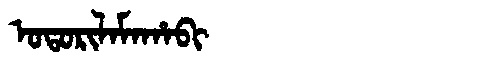
Manchu: ᠣᡨᠣᡵᡳᠯᠠᠮᠠᡥᠠᠪᡳ
Romanization: OTORILAMAHABI